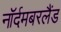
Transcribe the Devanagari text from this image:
नॉर्दमबरलैंड